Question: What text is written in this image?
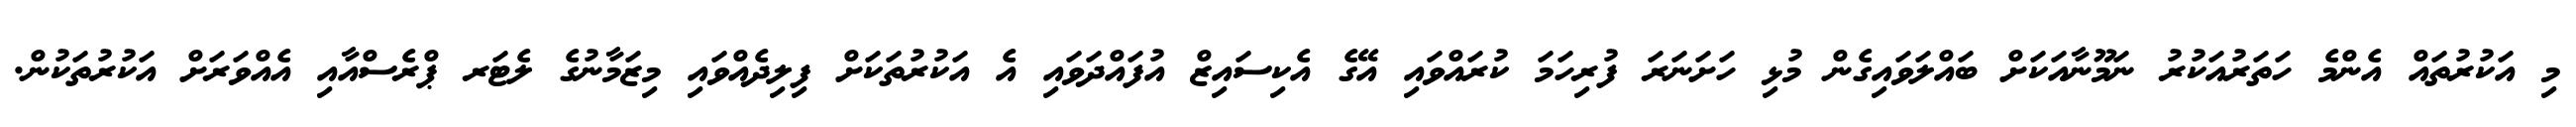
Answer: މި އަކުރުތައް އެންމެ ހަތަރުއަކުރު ނަމޫނާއަކަށް ބައްލަވައިގެން މުޅި ހަށަނަރަ ފުރިހަމަ ކުރައްވައި އޭގެ އެކިސައިޒް އުފައްދަވައި އެ އަކުރުތަކަށް ފިލިދެއްވައި މިޒަމާނުގެ ލެޓަރ ޕްރެސްއާއި އެއްވަރަށް އަކުރުތަކުން.